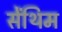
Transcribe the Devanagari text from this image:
सेंथिम